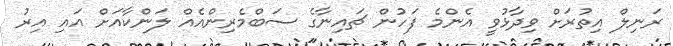
ރަނިލް އިތުރަށް ވިދާޅުވީ އެންމެ ފަހުން ޗައިނާގެ ސަބްމެރިންއެއް ލަންކާއަށް އައި އިރު